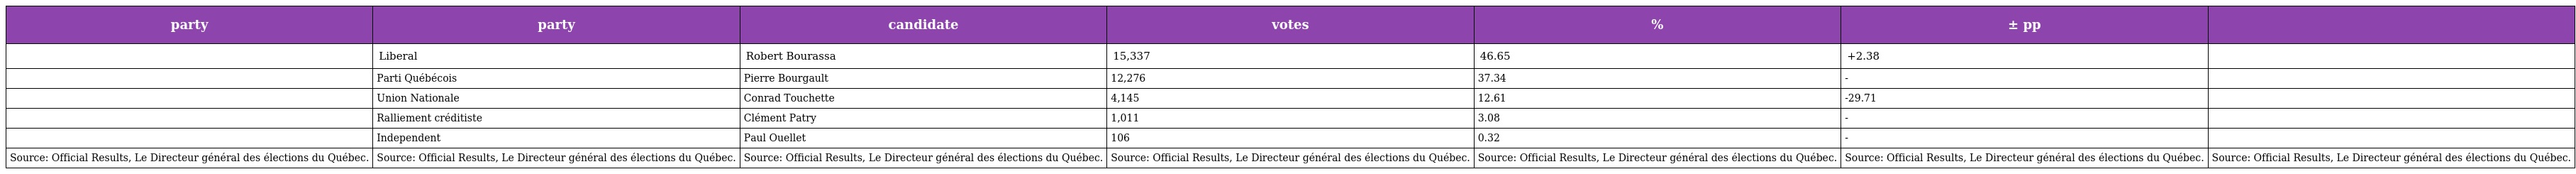
| party | party | candidate | votes | % | ± pp |  |
 | --- | --- | --- | --- | --- | --- | --- |
 |  | Liberal | Robert Bourassa | 15,337 | 46.65 | +2.38 |  |
 |  | Parti Québécois | Pierre Bourgault | 12,276 | 37.34 | - |  |
 |  | Union Nationale | Conrad Touchette | 4,145 | 12.61 | -29.71 |  |
 |  | Ralliement créditiste | Clément Patry | 1,011 | 3.08 | - |  |
 |  | Independent | Paul Ouellet | 106 | 0.32 | - |  |
 | Source: Official Results, Le Directeur général des élections du Québec. | Source: Official Results, Le Directeur général des élections du Québec. | Source: Official Results, Le Directeur général des élections du Québec. | Source: Official Results, Le Directeur général des élections du Québec. | Source: Official Results, Le Directeur général des élections du Québec. | Source: Official Results, Le Directeur général des élections du Québec. | Source: Official Results, Le Directeur général des élections du Québec. |